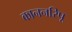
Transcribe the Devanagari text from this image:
काननरिपू